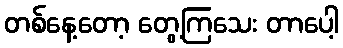
တစ်နေ့တော့ တွေ့ကြသေး တာပေါ့